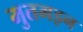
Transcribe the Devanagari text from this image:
मुतमइन